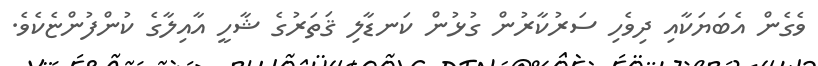
ވެގެން އެބަޔަކާއި ދިވެހި ސަރުކާރުން ގުޅުން ކަނޑާލި ޤަތަރުގެ ޝާހީ އާއިލާގެ ކުންފުންޏެކެވެ.